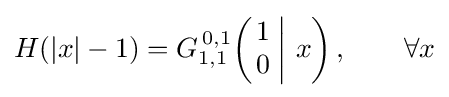
H(|x|-1)=G_{1,1}^{\,0,1}\!\left(\left.{\begin{matrix}1\\0\end{matrix}}\;\right|\,x\right),\qquad \forall x